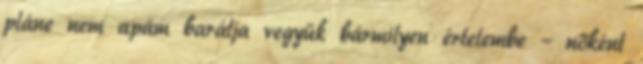
pláne nem apám barátja vegyük bármilyen értelembe – nőként